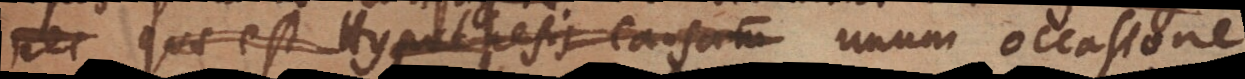
nec, quae est Hypothesis causarum, unum occasione